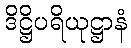
ဒိဋ္ဌိပရိယုဋ္ဌာနံ